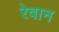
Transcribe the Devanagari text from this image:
रेवान